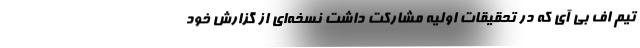
تیم اف‌ بی آی که در تحقیقات اولیه مشارکت داشت نسخه‌ای از گزارش خود